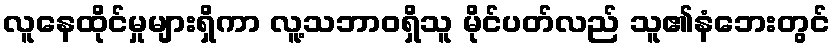
လူနေထိုင်မှုများရှိကာ လူ့သဘာဝရှိသူ မိုင်ပတ်လည် သူ၏နံဘေးတွင်